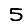
Digit: 5